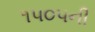
૧૫૦૫ની